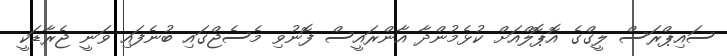
ސައިޕްރަސް ލީގްގެ އޮޕޮލްއަށް ކުޅެމުންދާ އާންރައީސް ފޮނުވި މެސެޖްގައި ބުނެފައި ވަނީ ޖެރާޑަކީ